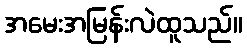
အမေးအမြန်းလဲထူသည်။